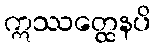
ဣဿတ္ထေနပိ